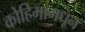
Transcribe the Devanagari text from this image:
कोहिमामधून